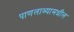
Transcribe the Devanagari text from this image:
पाणलाव्यामधील